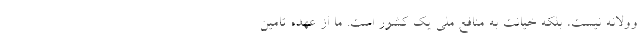
وولانه نيست، بلكه خيانت به منافع ملي يك كشور است. ما از عهده تامين